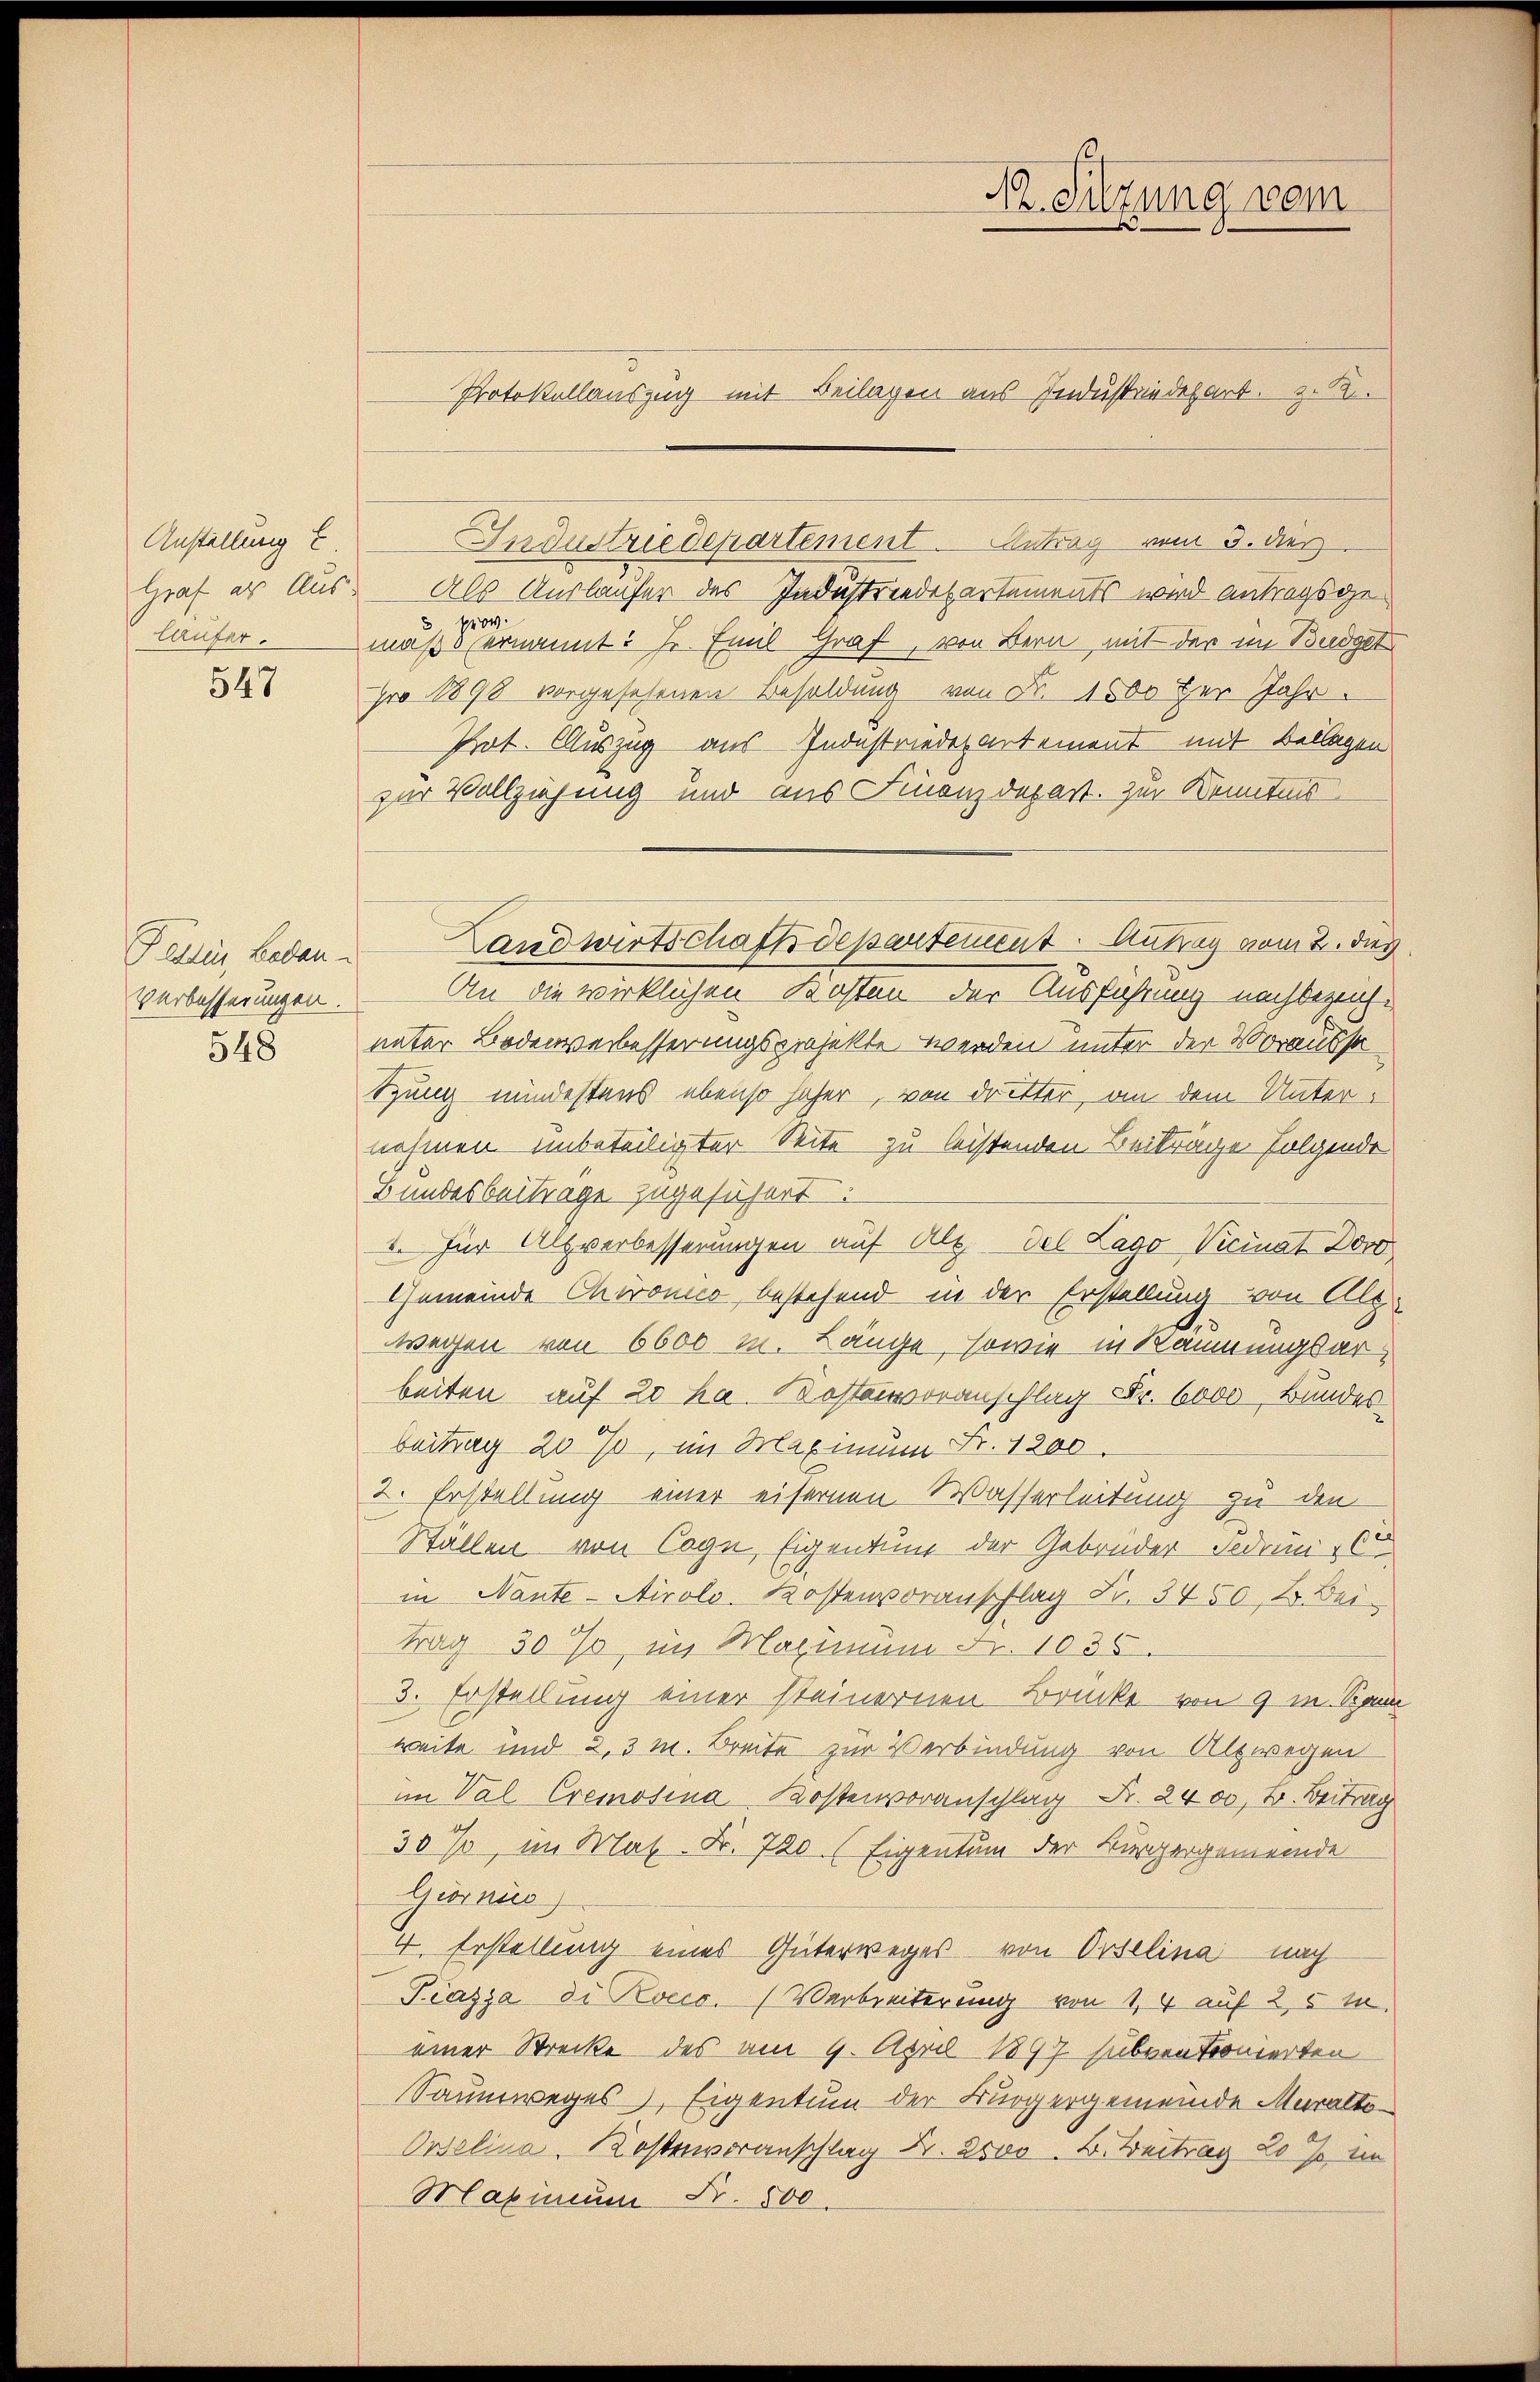
Anstellung E.
Graf er Aus-
läufer.

547

Fellen, Laden.
Verbesserungen.

548

Als Auslaufer des Indestrendepartements wird antragsgeprov.
maße ernannt: J. Emil Graf, von Bern mit der im Budget
pro 1898 vorgesehenen Besoldung von Fr. 1500 per Jahr
Prot. Auszug aus Indestriederartement mit Bellagen
zur Vollziehung und aus Finanzdepart. Zur Kenntnis
An die wirklichen Kosten der Ausführung nachbezeichvater Bodenverbesserungsprojekte werden unter der Vorausst
tung mindestens ebenso hoher, von dritter, an dem Unternahmen unbeteiligter Seite zu leistenden Beiträge folgende
Bundesbeitrage zugesichert.
2. für Altverbesserungen auf Alt. des Lago Vicinat Doc
Gemeinde Chironico, bestehend in der Erstellung von Alt-
wegen von 6600 m. Länge, sowie in Räumungsarbeiten auf 20 ha. Kostenvoranschlag Fr. 6000 Bundes
beitrag 20 %, im Maximum Fr. 1200.
2. Erstellung einer eisernen Wasserleitung zu den
Ställen von Cogn, Eigentum der Gebrüder Fedoni - 60
in Nante-Airolo. Kostenvoranschlag Fr. 3450, 2. Beitrag 30 %, im Maximum Fr. 1035.
3. Erstellung einer steinernen Brücke von 9 m. Span
weite und 2, 3 M. Breite zur Verbindung von Altwegen
im Val Cremosina Kostenvoranschlag Fr. 2400 Fr. Beitrag
30%, im Max Fr. 720 (Eigentum der Bürgergemeinde
Giornis
4. Erstellung eines Güterweges von Ortelina nach
Piazza di Roces. (Verbreiterung von 1, 4 auf 25 m
einer Strecke des am 9. April 1897 subven Tonierten
Saumweges Eigentum der Bürgergemeinde Muralto
Orselina, Kostenvoranschlag Fr. 2000. B. Beitrag 20 % in
Maximum Fr. 800.

Protokollauszung mit Beilagen aus Industriedepart. 21.

Industriedepartement. Antrag vom 3. dies

Landwirtschaftsdepartement. Antrag vom 2. dies

A. Sitzung vom